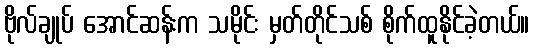
ဗိုလ်ချုပ် အောင်ဆန်းက သမိုင်း မှတ်တိုင်သစ် စိုက်ထူနိုင်ခဲ့တယ်။